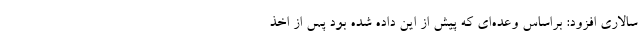
سالاری افزود: براساس وعده‌ای که پیش از این داده شده بود پس از اخذ